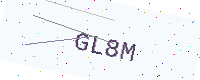
Text: GL8M